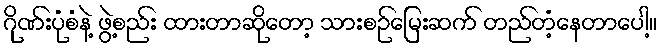
ဂိုဏ်းပုံစံနဲ့ ဖွဲ့စည်း ထားတာဆိုတော့ သားစဉ်မြေးဆက် တည်တံ့နေတာပေါ့။